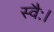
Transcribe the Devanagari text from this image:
स्वैः।